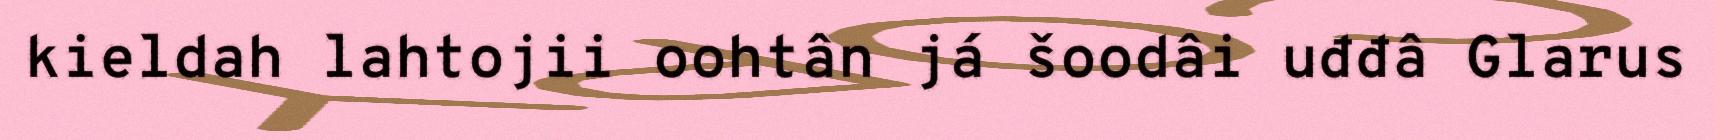
kieldah lahtojii oohtân já šoodâi uđđâ Glarus